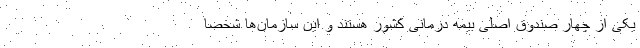
یکی از چهار صندوق اصلی بیمه درمانی کشور هستند و این سازمان‌ها شخصاً